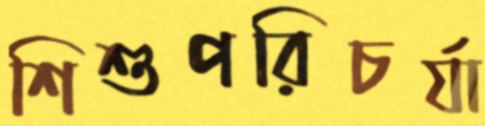
শিশুপরিচর্যা